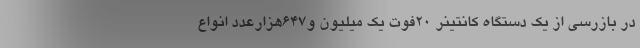
در بازرسی از یک دستگاه کانتینر 20فوت یک میلیون و647هزارعدد انواع